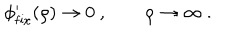
\phi _ { \mathrm { f i x } } ^ { \prime } ( \rho ) \rightarrow 0 \ , \qquad \rho \rightarrow \infty \ .